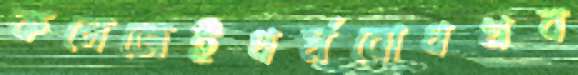
কলেজেইধর্মবোধখব